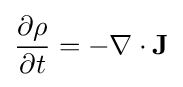
{\partial \rho  \over \partial t}=-\nabla \cdot \mathbf {J}